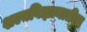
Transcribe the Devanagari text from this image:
शल्यविज्ञानातील